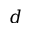
d